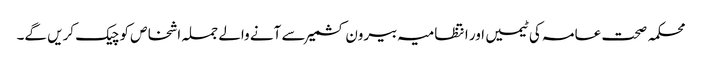
محکمہ صحت عامہ کی ٹیمیں اور انتظامیہ بیرون کشمیر سے آنے والے جملہ اشخاص کو چیک کریں گے۔